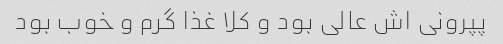
پپرونی اش عالی بود و کلا غذا گرم و خوب بود